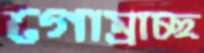
গোম্‌রাচ্ছ